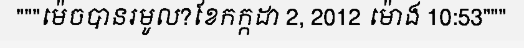
"""ម៉េចបានរមូល?ខែកក្កដា 2, 2012 ម៉ោង 10:53"""